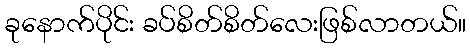
ခုနောက်ပိုင်း ခပ်စိတ်စိတ်လေးဖြစ်လာတယ်။